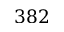
3 8 2